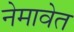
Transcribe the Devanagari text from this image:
नेमावेत